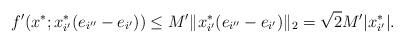
LaTeX: \begin{align*}f'(x^*;x_{i'}^*(e_{i''}-e_{i'}))\le M'\|x_{i'}^*(e_{i''}-e_{i'})\|_2=\sqrt{2}M'|x_{i'}^*|.\end{align*}